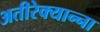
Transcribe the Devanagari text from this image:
अतीरेक्यान्ना